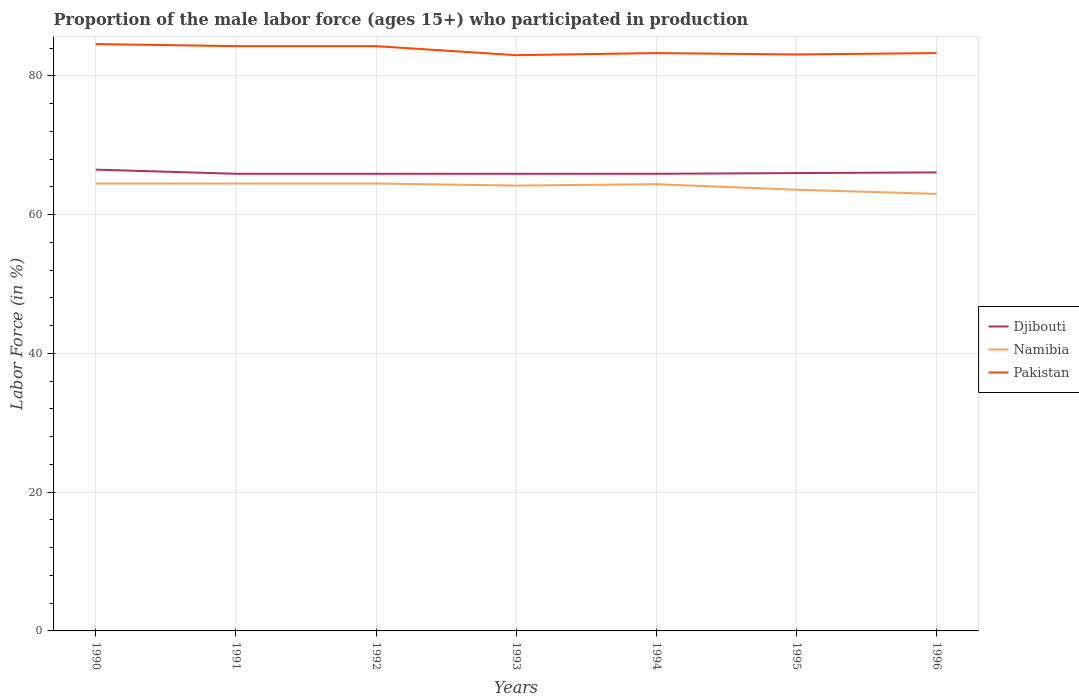
| Years | Djibouti | Namibia | Pakistan |
 | --- | --- | --- | --- |
 | 1990 | 66.5 | 64.5 | 84.6 |
 | 1991 | 65.9 | 64.5 | 84.3 |
 | 1992 | 65.9 | 64.5 | 84.3 |
 | 1993 | 65.9 | 64.2 | 83 |
 | 1994 | 65.9 | 64.4 | 83.3 |
 | 1995 | 66 | 63.6 | 83.1 |
 | 1996 | 66.1 | 63 | 83.3 |